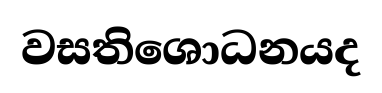
වසතිශොධනයද